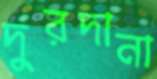
দুরদানা